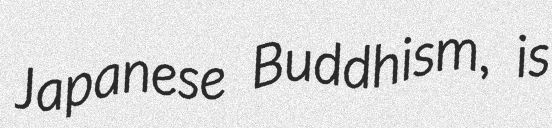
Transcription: Japanese Buddhism, is